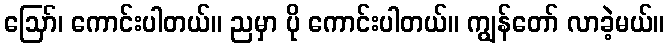
ဪ၊ ကောင်းပါတယ်။ ညမှာ ပို ကောင်းပါတယ်။ ကျွန်တော် လာခဲ့မယ်။